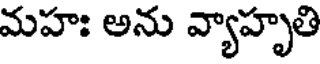
మహః అను వ్యాహృతి